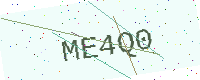
Text: ME4Q0